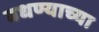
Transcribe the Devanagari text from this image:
वधण्याच्या